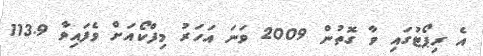
އެ ރިޕޯޓުގައި ވާ ގޮތުން 2009 ވަނަ އަހަރު މިފްކޯއަށް ވެފައިވާ 113.9